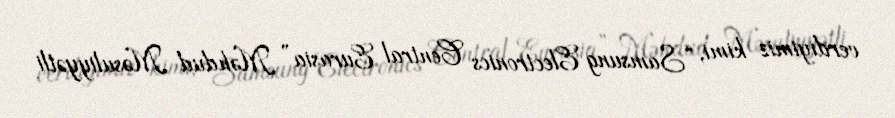
verdiyimiz kimi, “Samsung Electronics Central Eurasia” Məhdud Məsuliyyətli